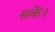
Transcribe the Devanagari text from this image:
सकेंं।